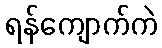
ရန်ကျောက်ကဲ